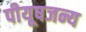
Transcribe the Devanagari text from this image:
पीयूषजन्य